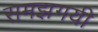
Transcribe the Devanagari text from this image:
समझगयी